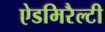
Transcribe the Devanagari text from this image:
ऐडमिरैल्टी